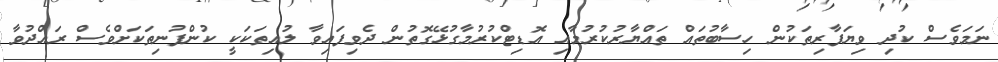
ނަމަވެސް ކުދި ވިޔަފާރިތަކުން ހިސާބުތައް ތައްޔާރުކުރުމާއި އޮޑިޓްކުރުމާގުޅޭގޮތުން ދެވިފައިވާ ލުއިތަކަކީ ކުންފުނިތަކަށްވެސް ރައްދުވާ